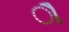
ૌ